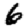
Digit: 6